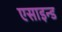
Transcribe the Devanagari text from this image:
एसाइन्ड